Lunatic asylums Bombay report 1878-1890 - 1878-1890
Year: 1878
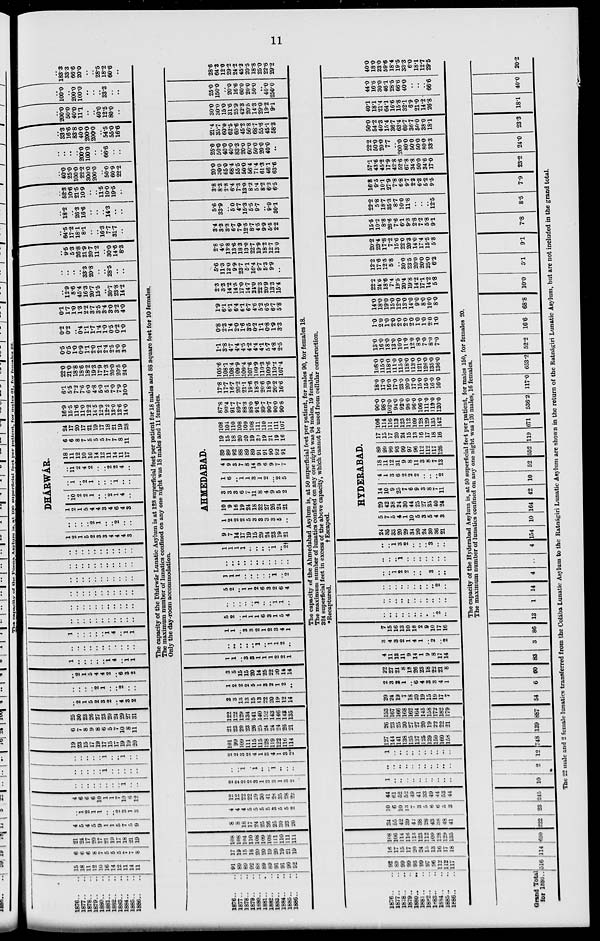
11
1876.. ..
1877.. ..
1878.. ..
1879.. ..
1880.. ..
1881.. ..
1882.. ..
1883.. ..
1884.. ..
1885.. ..
1886.. ..
15
18
11
12
10
16
14
12
11
14
11
6
6
6
8
7
5
5
5
7
7
8
21
24
17
20
17
21
19
17
18
21
19
4
5
4
5
9
1
1
5
7
5
9
..
1
2
1
1
..
.. 2
3
1
3
4
6
6
6
10
1
1
7
10
6
12
..
..
..
..
..
..
..
..
1
..
..
..
..
..
..
..
1
..
..
..
..
..
..
..
..
..
..
1
..
..
1
..
..
19
23
15
17
19
17
15
17
19
19
20
6
7
8
9
8
6
5
7
10
8
11
25
30
23
26
27
23
20
24
29
27
31
..
2
1
5
2
3
2
..
4
3
2
..
..
..
..
2
1
..
..
2
..
..
..
2
1
5
4
4
2
..
6
3
2
1
..
..
..
..
..
1
4
..
1
1
..
..
..
..
..
..
..
..
..
..
..
1
..
..
..
..
..
1
4
..
1
1
..
..
..
..
..
..
..
..
..
..
..
..
..
..
..
..
..
..
..
..
..
..
..
..
..
..
..
..
..
..
..
..
..
..
..
..
..
..
..
..
..
..
..
..
..
..
..
..
..
..
..
..
..
..
..
..
..
..
..
..
..
..
..
..
..
..
DHÁRWÁR.
1
2
1
5
2
3
3
4
4
4
3
..
..
..
..
2
1
..
..
2
..
..
1
2
1
5
4
4
3
4
6
4
3
..
10
2
2
1
..
..
2
1
4
..
..
1
..
2
1
..
..
..
1
..
..
..
11
2
4
2
..
..
2
2
4
..
18
11
12
10
16
14
12
11
14
11
17
6
6
8
7
5
5
5
7
7
8
11
24
17
20
17
21
19
17
18
21
19
28
16.9
15.5
11.6
11.0
12.2
14.5
12.9
12.2
13.0
12.6
14.0
6.1
5.5
7.2
7.6
6.0
4.8
5.0
5.1
7.0
7.9
10.0
22.0
21.0
18.8
18.6
18.2
19.3
17.9
17.3
20.0
20.5
24.0
0.5
0.5
1.0
0.9
1.1
2.0
2.1
2.4
2.5
3.0
3.0
0.2
0.2
..
0.4
1.1
1.7
1.4
1.0
0.5
0.2
1.0
0.1
1.7
1.0
1.3
2.2
3.7
3.5
3.4
3.0
3.2
4.0
..
12.9
8.6
45.4
16.3
20.7
15.5
..
30.7
23.8
14.2
..
..
..
..
33.3
20.8
..
..
28.5
..
..
..
9.5
5.3
26.8
21.9
20.7
11.2
..
30.0
14.6
8.3
..
64.5
17.2
18.1
8.1
..
..
16.3
7.7
31.7
..
..
18.2
..
26.3
16.6
..
..
..
143
..
..
..
52.3
10.6
21.5
10.9
..
..
11.5
10.0
19.5
..
..
40.0
25.0
100.0
22.2
300.0
200.0
..
50.0
60.9
22.2
..
..
..
..
200.0
100.0
..
..
66.6
..
..
..
33.3
16.6
83.8
40.0
200.0
200.0
..
54.5
55.0
16.6
..
200.0
50.0
40.0
11.1
..
..
40.0
12.5
80.0
..
..
100.0
..
200.0
100.0
..
..
..
33.3
..
..
..
183.3
33.3
66.6
20.0
..
..
28.5
18.2
60.6
..
The capacity of the Dhárwár Lunatic Asylum is at 123 superficial feet per patient for 18 males and 88 square feet for 10 females.
The maximum number of lunatics confined on any one night was 18 males and 11 females.
Only the day-room accommodation.
1876.. ..
1877.. ..
1878.. ..
1879.. ..
1880.. ..
1881.. ..
1882.. ..
1883.. ..
1884.. ..
1885.. ..
1886.. ..
91
89
89
92
88
89
89
91
91
90
92
17
19
15
18
20
20
19
20
19
21
19
108
108
104
110
108
109
108
111
110
111
111
8
8
18
17
24
25
36
25
30
23
20
4
4
4
5
5
5
5
3
5
5
2
12
12
22
22
29
30
41
28
35
28
22
2
2
2
2
3
1
3
3
1
3
2
..
..
1
..
1
..
..
1
..
..
..
2
2
3
2
4
1
3
4
1
3
2*
101
99
109
111
115
115
128
119
122
116
114
21
23
20
23
26
25
24
24
24
26
21
122
122
129
134
141
140
152
143
146
143
135
2
3
13
13
15
13
22
20
19
12
14
1
2
2
2
5
1
3
2
1
2
..
3
5
15
15
20
14
25
22
20
14
14
1
1
..
3
3
1
1
1
2
2
1
..
..
..
..
..
1
..
1
1
2
..
1
1
..
3
3
2
1
2
3
4
1
5
2
..
1
1
1
6
3
1
5
4
..
..
..
..
..
1
..
..
1
1
..
5
2
..
1
1
2
6
3
2
6
4
1
1
1
..
..
..
..
..
1
..
2
..
..
..
..
..
..
..
..
..
..
..
1
1
1
1
..
..
..
..
1
..
2†
AHMEDABAD.
9
7
14
17
19
15
29
24
23
19
21
1
2
2
2
5
3
3
3
3
5
..
10
9
16
19
24
18
32
27
26
24
21
3
8
3
6
7
11
8
4
9
5
2
1
6
..
1
1
3
1
2
..
2
5
4
9
3
7
8
14
9
6
9
7
7
89
89
92
88
89
89
91
91
90
92
91
19
15
18
20
20
19
20
19
21
19
16
108
104
110
108
109
108
111
110
111
111
107
87.8
90.4
91.7
89.7
88.3
88.0
91.6
89.7
90.7
90.0
90.8
17.8
17.7
16.7
20.2
21.1
19.6
18.3
206
18.9
20.2
16.6
105.6
108.1
108.4
109.9
109.4
107.6
109.9
110.3
109.6
110.2
107.4
1.1
3.8
4.7
4.4
4.5
4.2
4.4
4.1
5.7
4.8
2.5
0.8
2.3
1.4
2.0
1.6
3.5
0.2
1.1
0.8
1.9
3.3
1.9
6.1
6.1
6.4
6.1
6.7
4.6
5.2
6.5
6.7
5.8
2.3
3.3
14.2
14.5
17.0
14.7
21.0
22.3
20.9
13.3
15.4
5.6
11.3
12.0
9.9
23.7
5.1
16.4
9.7
5.3
9.9
..
2.8
4.6
13.8
13.6
18.3
13.0
22.7
19.9
18.2
12.7
13.0
3.4
3.3
3.3
6.7
7.9
12.5
8.7
4.5
9.9
5.5
2.2
5.6
33.9
..
5.0
4.7
15.3
5.5
9.7
..
9.9
30.1
3.8
8.3
2.8
6.4
7.3
13.0
8.2
5.4
8.2
6.3
6.5
20.0
30.0
65.0
68.4
55.5
50.0
56.4
71.4
61.3
46.1
63.6
25.0
50.0
40.0
40.0
83.3
20.0
60.0
50.0
20.0
40.0
..
21.4
35.7
60.0
62.5
60.6
45.2
56.8
68.7
55.6
45.1
58.3
30.0
30.0
15.0
31.6
25.9
42.3
20.5
14.3
29.0
19.2
9.1
25.0
150.0
..
20.0
16.6
60.0
20.0
50.0
..
40.0
250.0
28.6
64.3
12.0
29.2
24.2
45.2
20.5
18.8
25.0
22.6
29.2
The capacity of the Ahmedabad Asylum is, at 50 superficial feet per patient, for males 90, for females 18.
The maximum number of lunatics confined on any one night was 94 males, 19 females.
324 superficial feet in excess of the above capacity, which cannot be used from cellular construction.
*Recaptured.
†
Escaped.
1876.. ..
1877.. ..
1878.. ..
1879..
..
1880.. ..
1881.. ..
1882.. ..
1883..
..
1884..
..
1885..
..
1886.. ..
92
89
99
99
93
99
97
96
112
112
117
16
17
15
17
20
24
15
13
16
17
18
108
106
114
116
113
123
112
109
128
129
135
34
55
42
39
42
38
28
43
38
48
41
10
6
10
13
7
3
5
6
6
5
3
44
61
52
52
49
41
33
49
44
53
44
1
..
..
..
..
..
..
..
..
..
..
..
..
..
..
..
..
..
..
..
..
..
1
..
..
..
..
..
..
..
..
..
..
127
144
141
138
135
137
125
139
150
160
158
26
23
25
30
27
27
20
19
22
22
21
153
167
166
168
162
164
145
158
172
182
179
20
24
19
7
18
20
19
15
19
17
7
2
3
2
1
..
6
4
3
3
4
1
22
27
21
8
18
26
23
18
22
21
8
4
11
13
11
9
14
1
9
8
17
14
3
4
3
2
1
4
1
..
2
..
2
7
15
16
13
10
18
2
9
10
17
16
..
..
..
..
..
..
..
..
..
2
..
..
..
..
..
..
..
..
..
..
..
..
..
..
..
..
..
..
..
..
..
2
..
..
..
1
2
2
..
..
..
3
..
..
..
..
..
1
..
..
..
..
..
..
..
..
..
1
3
2
..
..
..
3
..
..
HYDERABAD.
24
35
33
20
29
34
20
24
30
36
21
5
7
5
4
1
10
5
3
5
4
3
29
42
38
24
30
44
25
27
35
40
24
14
10
9
25
7
6
9
8
8
7
11
4
1
3
6
2
2
2
..
..
..
2
18
11
12
31
9
8
11
3
8
7
13
89
99
99
93
99
97
96
112
112
117
126
17
15
17
20
24
15
13
16
17
18
16
106
114
116
113
123
112
109
128
129
135
142
90.0
980
102.0
94.0
92.0
98.0
96.0
106.0
111.0
119.0
120.0
18.0
17.0
16.0
17.0
23.0
20.0
17.0
15.0
15.0
16.0
16.0
108.0
115.0
118.0
111.0
115.0
118.0
113.0
121.0
126.0
135.0
136.0
13.0
16.0
18.0
13.0
10.0
11.0
12.0
8.0
7.0
8.0
7.0
1.0
2.0
1.0
2.0
2.0
2.0
2.0
1.0
1.0
2.0
1.0
14.0
18.0
19.0
15.0
12.0
13.0
14.0
9.0
8.0
10.0
8.0
22.2
24.6
18.6
7.4
19.5
20.4
19.8
14.2
17.1
14.2
5.8
12.2
17.6
12.5
5.8
..
30.0
23.5
20.0
20.0
25.0
6.2
20.2
23.4
17.8
7.2
15.6
22.0
20.3
14.0
17.4
15.5
5.8
15.5
10.2
8.8
26.6
7.6
6.1
9.3
2.8
7.2
5.8
9.1
22.2
5.8
18.7
35.3
8.7
10.0
11.8
..
..
..
12.5
16.8
9.5
10.1
27.9
7.8
6.8
9.7
2.3
6.3
5.2
9.5
57.1
43.6
45.2
17.9
42.8
52.6
67.8
34.8
50.0
34.6
17.0
22.2
50.0
20.0
7.7
..
200.0
80.0
50.0
50.0
80.0
33.3
50.0
54.2
40.3
15.4
36.7
63.4
69.7
36.7
50.0
38.0
18.1
40.1
18.1
214
64.1
16.6
15.8
32.1
6.9
21.0
14.2
26.8
44.0
16.6
30.0
46.1
28.5
66.6
40.0
..
..
..
66.6
40.0
18.0
23.0
59.6
18.4
19.5
33.3
6.0
18.1
12.7
29.5
The capacity of the Hyderabad Asylum is, at 50 superficial feet per patient, for males 150, for females 20.
The maximum number of lunatics confined on any one night was 126 males, 16 females.
Grand Total
for 1886.. 516 114 630 222 23 245 10
2 12 748 139 887 54 6 60 83 3 86 13 1 14 4
..
4 154 10 164 42 10 52 552 119 671 536.2 117.0 653.2 52.2 16.6 68.8 10.0
5.1
9.1
7.8
8.5
7.9 23.2 24.0 23.3 18.1 40.0 20.2
The 22 male and 2 female lunatics transferred from the Colába Lunatic Asylum to the Ratnágiri Lunatic Asylum are shown in the return of the Ratnágiri Lunatic Asylum, but are not included in the grand total.